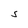
Character: S